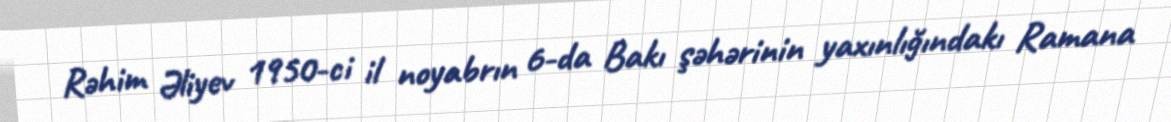
Rəhim Əliyev 1950-ci il noyabrın 6-da Bakı şəhərinin yaxınlığındakı Ramana